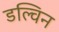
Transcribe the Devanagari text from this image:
डल्विन